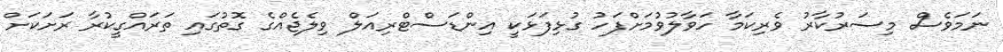
ނަމަވެސް މިސަރުކާރު ވެރިކަމާ ހަވާލުވުމަށްފަހު ގުޅިފަޅަކީ އިންޑަސްޓްރިއަލް ވިލެޖެއްގެ ގޮތުގައި ތަރައްގީކުރާ ރަށަކަށް